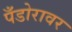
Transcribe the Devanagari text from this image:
पँडोरावर